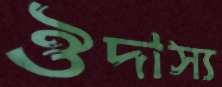
ঔদাস্য